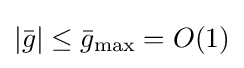
|{\bar {g}}|\leq {\bar {g}}_{\text{max}}=O(1)